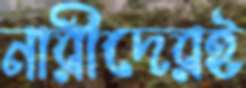
নারীদেরই